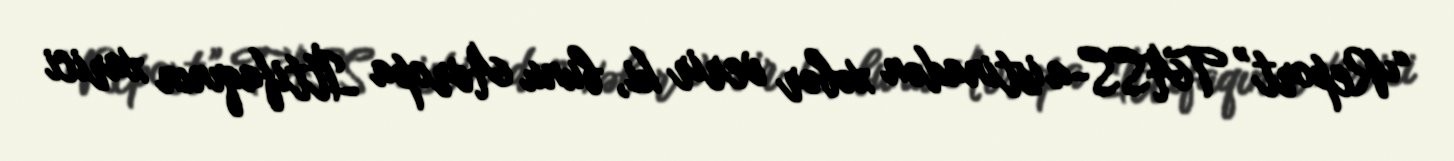
“Report” TASS-a istinadən xəbər verir ki, bunu Avropa İttifaqının xarici